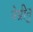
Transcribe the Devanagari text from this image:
नेग्रीनु